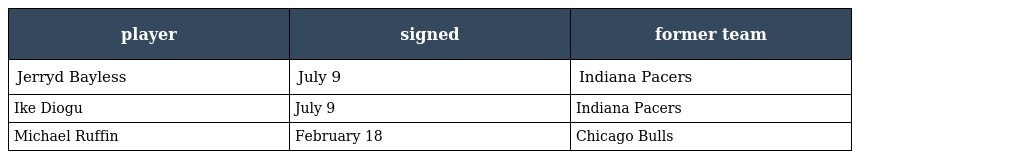
| player | signed | former team |
 | --- | --- | --- |
 | Jerryd Bayless | July 9 | Indiana Pacers |
 | Ike Diogu | July 9 | Indiana Pacers |
 | Michael Ruffin | February 18 | Chicago Bulls |